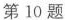
第10题